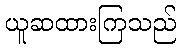
ယူဆထားကြသည်